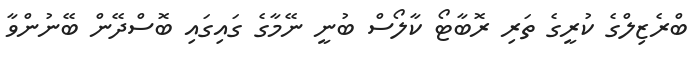
ބްރެޒިލްގެ ކުރީގެ ތަރި ރޮބާޓޯ ކާލޯސް ބުނީ ނޭމާގެ ގައިގައި ބޮސްދޭން ބޭނުންވާ